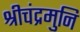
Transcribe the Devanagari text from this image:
श्रीचंद्रमुनि